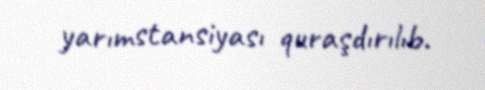
yarımstansiyası quraşdırılıb.